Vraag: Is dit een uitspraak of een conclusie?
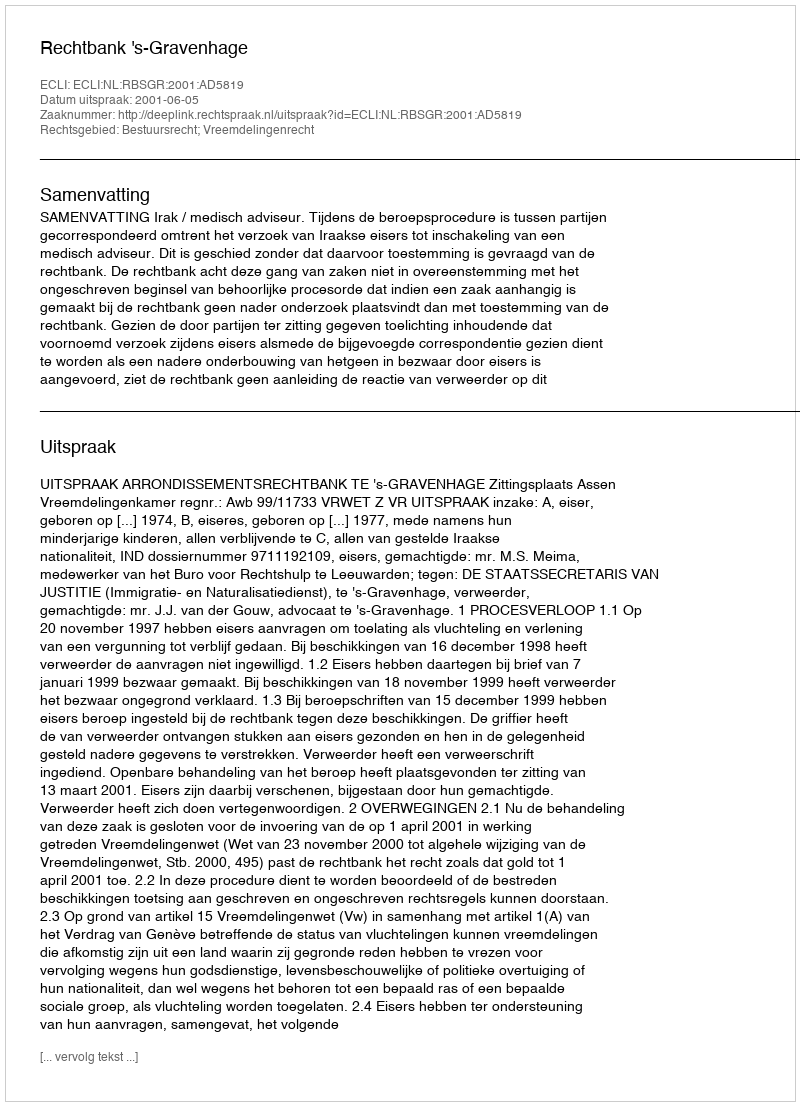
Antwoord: Uitspraak